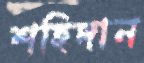
শহিদান